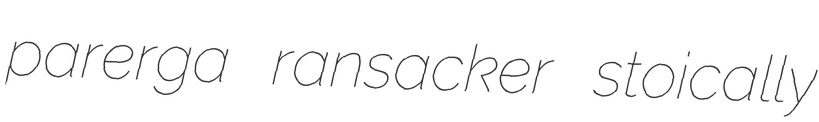
parerga ransacker stoically